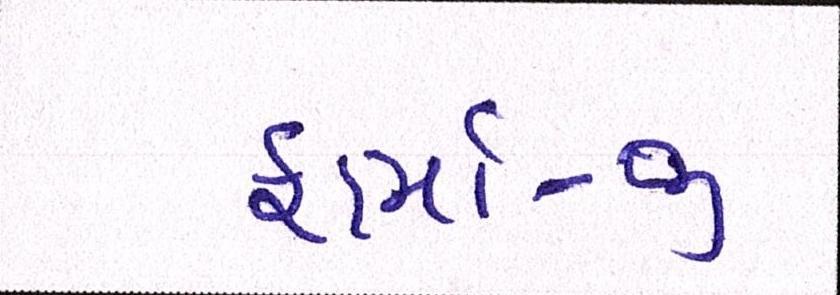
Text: ફાર્મા-જી